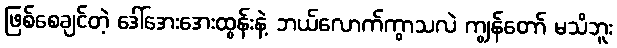
ဖြစ်စေချင်တဲ့ ဒေါ်အေးအေးထွန်းနဲ့ ဘယ်လောက်ကွာသလဲ ကျွန်တော် မသိဘူး